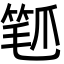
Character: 𬋰